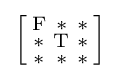
{\Bigl [}{\begin{smallmatrix}\mathrm {F} &\mathrm {*} &\mathrm {*} \\\mathrm {*} &\mathrm {T} &\mathrm {*} \\\mathrm {*} &\mathrm {*} &\mathrm {*} \end{smallmatrix}}{\Bigr ]}